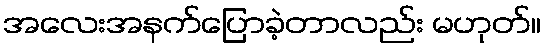
အလေးအနက်ပြောခဲ့တာလည်း မဟုတ်။